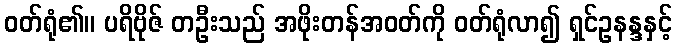
ဝတ်ရုံ၏။ ပရိဗိုဇ် တဦးသည် အဖိုးတန်အဝတ်ကို ဝတ်ရုံလာ၍ ရှင်ဥနန္ဒနှင့်